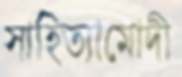
সাহিত্যামোদী